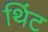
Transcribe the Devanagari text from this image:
थिंट